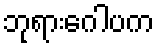
ဘုရားဂေါပက